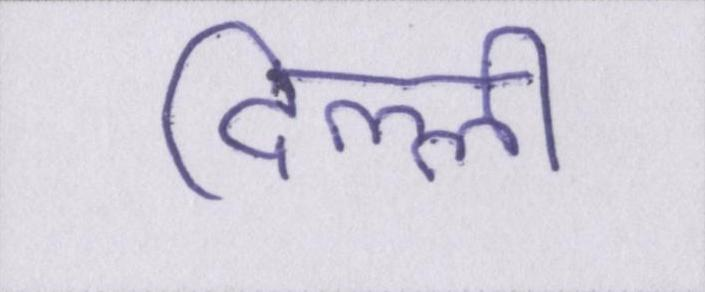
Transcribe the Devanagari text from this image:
दिल्ली